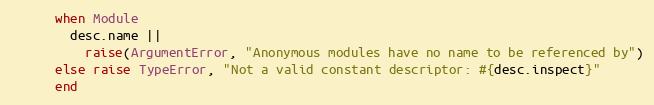
Language: Ruby
      when Module
        desc.name ||
          raise(ArgumentError, "Anonymous modules have no name to be referenced by")
      else raise TypeError, "Not a valid constant descriptor: #{desc.inspect}"
      end